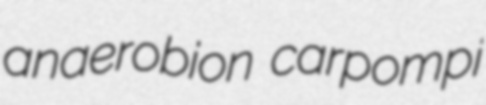
anaerobion carpompi